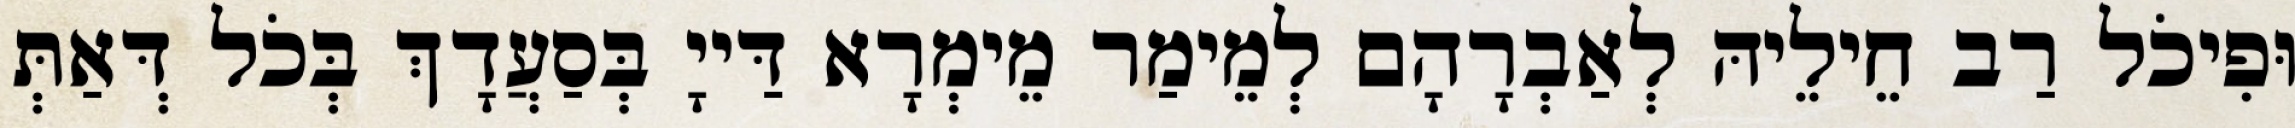
וּפִיכֹל רַב חֵילֵיהּ לְאַבְרָהָם לְמֵימַר מֵימְרָא דַּייָ בְּסַעֲדָךְ בְּכֹל דְּאַתְּ